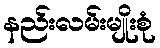
နည်းလမ်းမျိုးစုံ